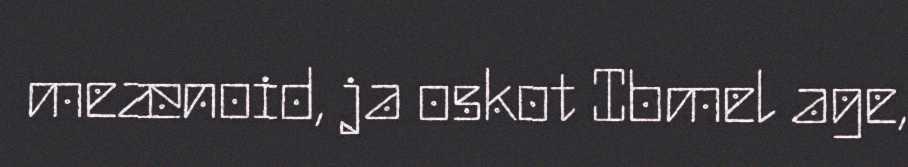
meænoid, ja oskot Ibmel age,